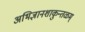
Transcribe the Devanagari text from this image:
अभिज्ञानशाकुन्तळम्